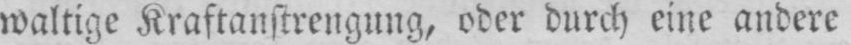
waltige Kraftanstrengung, oder durch eine andere